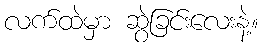
လက်ထဲမှာ ဆွဲခြင်းလေးနဲ့။